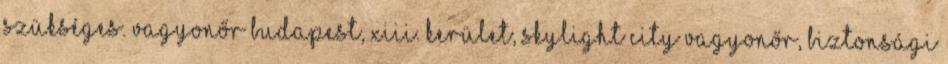
szükséges. vagyonőr Budapest, XIII. kerület, SkyLight City vagyonőr, biztonsági